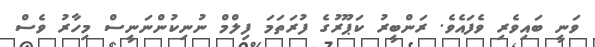
ވަނީ ބައިވެރި ވެފައެވެ. ރަންބީރު ކަޕޫރުގެ ފުރަތަމަ ފިލްމް ނުނިކުންނަނީސް މިހާރު ވެސް